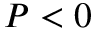
P < 0